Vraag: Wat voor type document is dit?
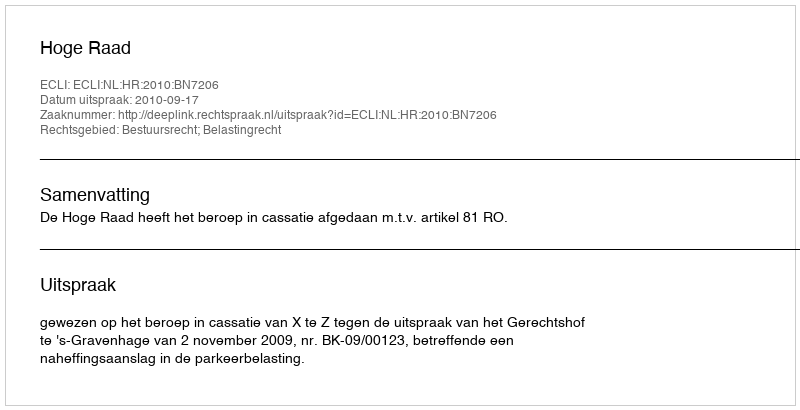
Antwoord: Uitspraak